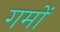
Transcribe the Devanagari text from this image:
गमों